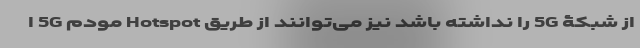
از شبکۀ 5G را نداشته باشد نیز می‌توانند از طریق Hotspot مودم 5G ا